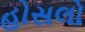
હોસલો